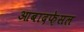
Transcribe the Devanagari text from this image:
आबादफ़ेसल